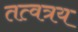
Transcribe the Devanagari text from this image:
तत्वत्रय